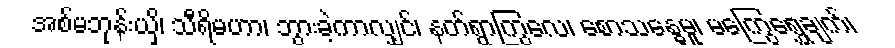
အစ်မဘုန်းယှိ၊ သီရိမဟာ၊ ဘွားခဲ့ကာလျှင်၊ နတ်ရွာကြွလေ၊ စောသန္ဓေမူ၊ မကြွေရွှေချက်၊